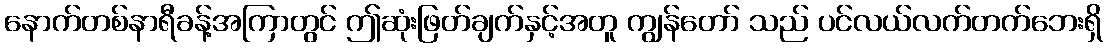
နောက်တစ်နာရီခန့်အကြာတွင် ဤဆုံးဖြတ်ချက်နှင့်အတူ ကျွန်တော် သည် ပင်လယ်လက်တက်ဘေးရှိ